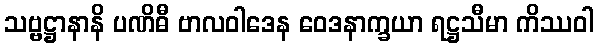
သဗ္ဗဋ္ဌာနာနိ ပဏိဓီ ဗာလဝါဒေန ဝေဒနာက္ခယာ ရဋ္ဌသီမာ ကိဿဝါ